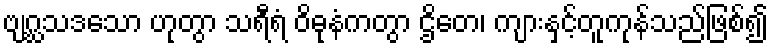
ဗျဂ္ဃသဒသော ဟုတွာ သရီရံ ဝိဓုနံကတွာ ဌိတေ၊ ကျားနှင့်တူကုန်သည်ဖြစ်၍